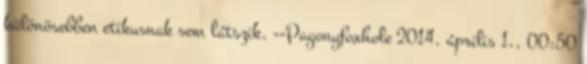
különösebben etikusnak sem látszik. --Pagonyfoxhole 2014. április 1., 00:50